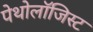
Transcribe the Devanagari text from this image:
पेथोलॉजिस्ट